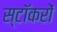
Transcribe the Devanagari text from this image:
स्टॉकरों